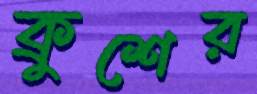
ক্রুশের